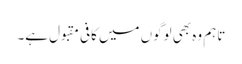
تاہم وہ بھی لوگوں میں کافی مقبول ہے۔